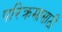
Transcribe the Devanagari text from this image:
परिक्रमासाठी